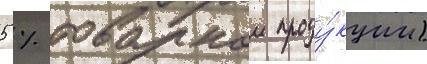
5 % товарнои проду́кции)